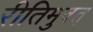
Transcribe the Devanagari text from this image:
रीतिमुक्त्